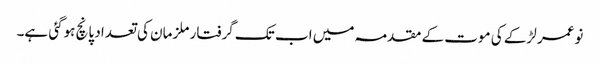
نوعمر لڑکے کی موت کے مقدمہ میں اب تک گرفتار ملزمان کی تعداد پانچ ہوگئی ہے۔